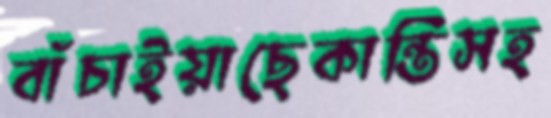
বাঁচাইয়াছেকান্তিসহ